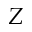
Z